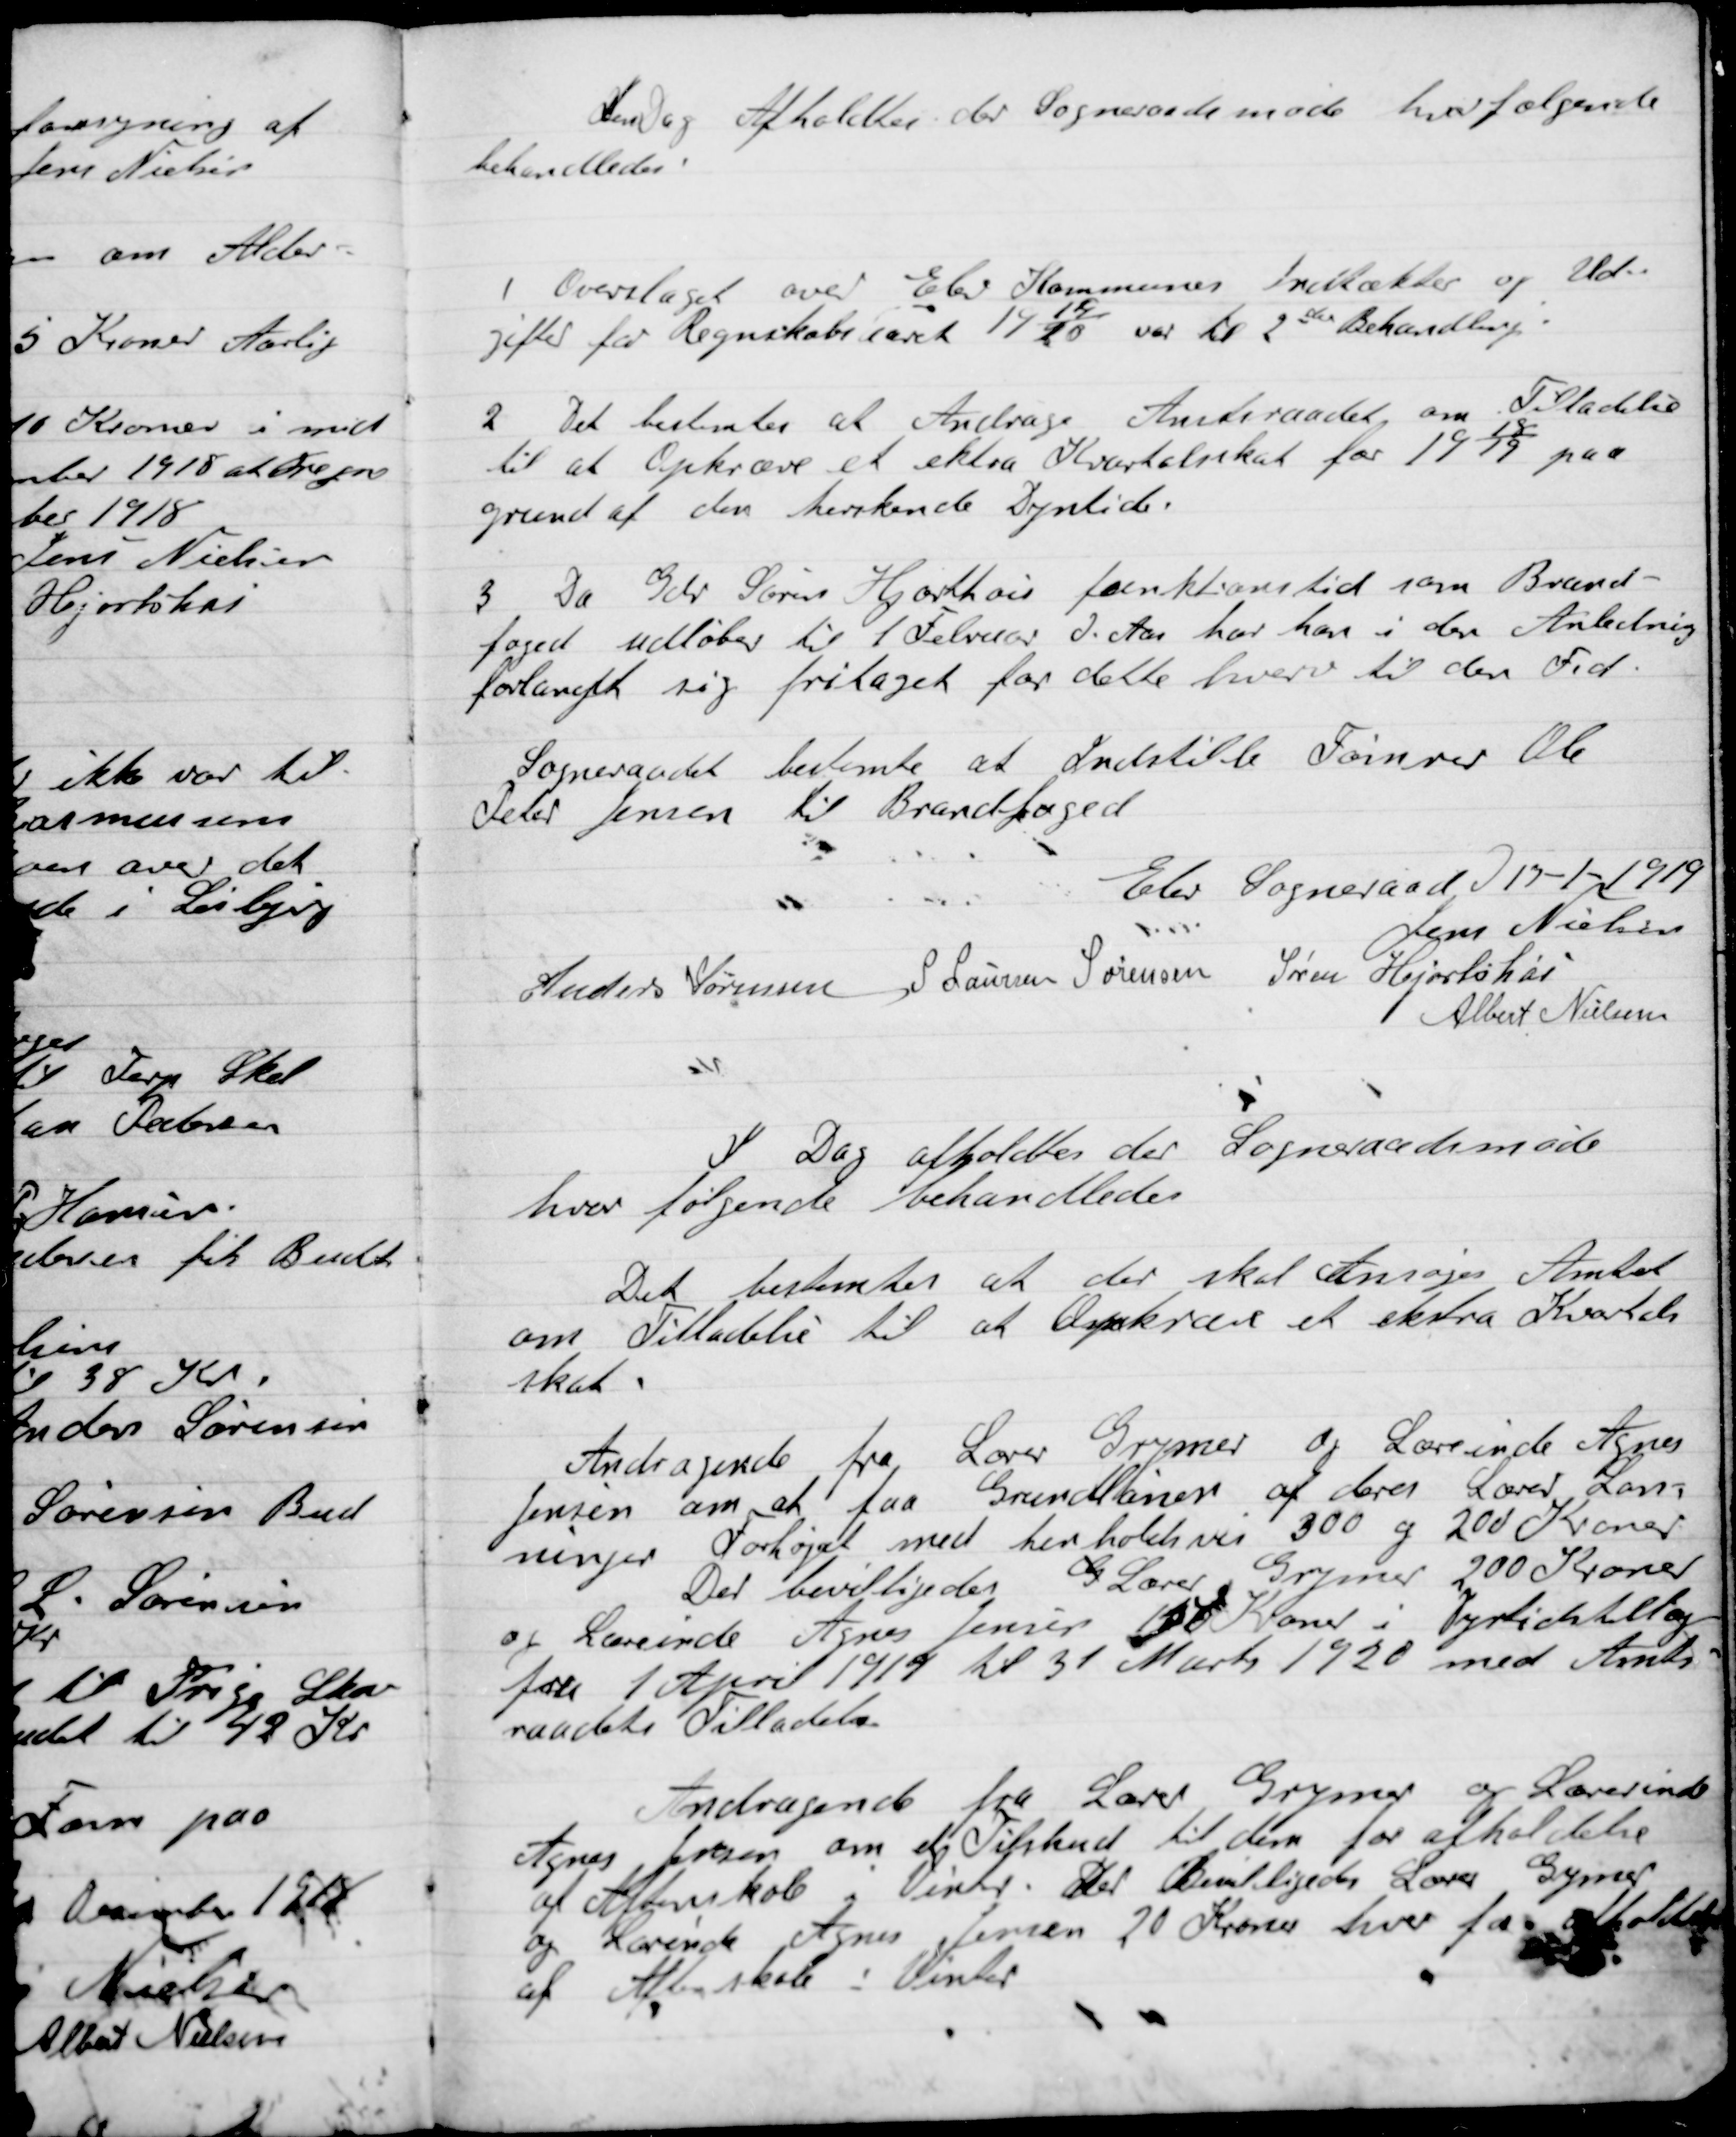
Transskription:
I Dag afholdtes der  Sogneraadetsmøde hvor følgende
 Behandledes

1

Overslaget over Elev Kommunes Indtækter og Ud-
gifter for Regneskabsaaret 1919/20 var til 2den Behandling.

2.

Det bestemtes at Andrage Amtsraadet om Tilladelse
til at Opkræve et ekstra Kvartalsskat for 1918/19 paa
grund af den herskende Dyrtid.

3.

Da Gdr. Søren Hjortshoi funktionstid som Brand-
Foged udløber til 1 Februar D. Aar har han i den Anledning
Forlangt sig fritaget for dette hverv til den Tid.
Sogneraadet bestemte at Indstille Tømmer Ole
Peter Jensen til Brandfoged.

Elev Sogneraad D. 19-1-1919

Jens Nielsen
Anders Sørensen
Søren S. Sørensen
Søren Hjortshøi
Albert Nielsen

I Dag afholdtes der  Sogneraadetsmøde
hvor følgende Behandledes

Det bestemtes at der skal Ansøges Amtet
om Tilladelse til Opkræve et ekstra Kvartals
Skat

Andragende fra Lærer Grymer og  Lærerinde Agnes
Jensen om at faa Grundlønnen af deres Lærer Løn-
ninger Forhøjet med henholdsvis 300 og 200 Kroner
Der bevilligedes G. Lærer Grymer 200 Kroner
og Lærerinde Agnes Jensen 150 Kroner i Dyrtidstillæg
fra 1 April 1919 til 31 Marts 1920 med Amts-
raadets Tilladelse.

Andragende fra Lærer Grymer og  Lærerinde
Agnes Jensen om et Tilskud til dem for afholdelse
af Aftenskole i Vinter. Det Bevilligedes Lærer Grymer
og  Lærerinde Agnes Jensen 20 Kroner hver for afholdelse
af Aftenskole i Vinter.